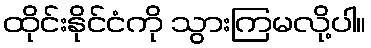
ထိုင်းနိုင်ငံကို သွားကြမလို့ပါ။